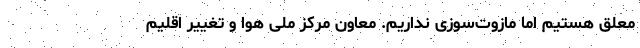
معلق هستیم اما مازوت‌سوزی نداریم. معاون مرکز ملی هوا و تغییر اقلیم